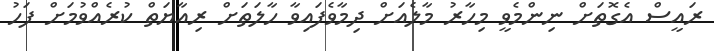
ރައީސް އެގޮތަށް ނިންމެވީ މިހާރު މާލެެއަށް ދިމާވެފައިވާ ހާލަތަށް ރިއާޔަތް ކުރެއްވުމަށް ފަހު